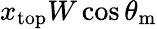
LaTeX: x_{\mathrm{{top}}}W\cos\theta_{\mathrm{{m}}}